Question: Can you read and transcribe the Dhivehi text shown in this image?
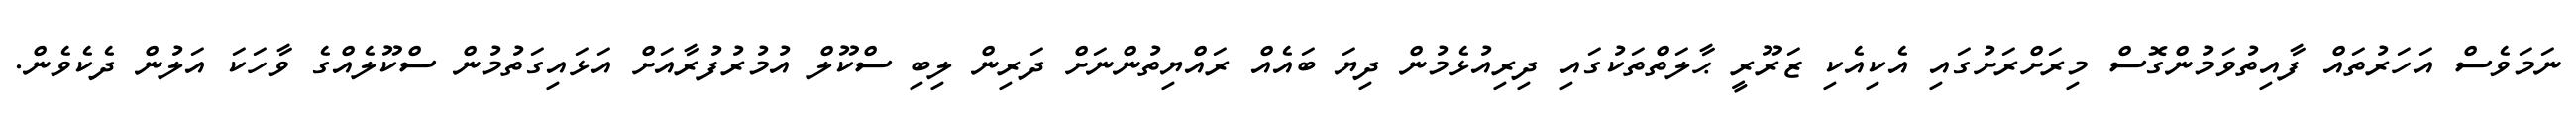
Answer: ނަމަވެސް އަހަރުތައް ފާއިތުވަމުންގޮސް މިރަށްރަށުގައި އެކިއެކި ޒަރޫރީ ޙާލަތްތަކުގައި ދިރިއުޅެމުން ދިޔަ ބައެއް ރައްޔިތުންނަށް ދަރިން ލިބި ސްކޫލް އުމުރުފުރާއަށް އަޅައިގަތުމުން ސްކޫލެއްގެ ވާހަކަ އަލުން ދެކެވެން.